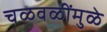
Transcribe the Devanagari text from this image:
चळवळींमुळे